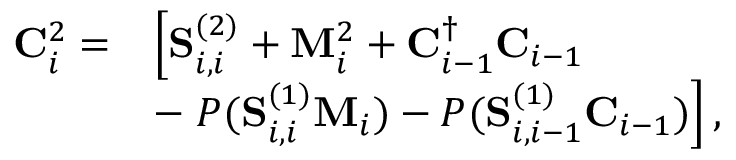
\begin{array} { r l } { \mathbf { C } _ { i } ^ { 2 } = } & { \left[ \mathbf { S } _ { i , i } ^ { ( 2 ) } + \mathbf { M } _ { i } ^ { 2 } + \mathbf { C } _ { i - 1 } ^ { \dagger } \mathbf { C } _ { i - 1 } \right. } \\ & { - \left. P ( \mathbf { S } _ { i , i } ^ { ( 1 ) } \mathbf { M } _ { i } ) - P ( \mathbf { S } _ { i , i - 1 } ^ { ( 1 ) } \mathbf { C } _ { i - 1 } ) \right] , } \end{array}